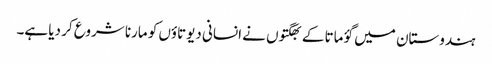
ہندوستان میں گؤ ماتا کے بھگتوں نے انسانی دیوتاؤں کو مارنا شروع کر دیا ہے۔